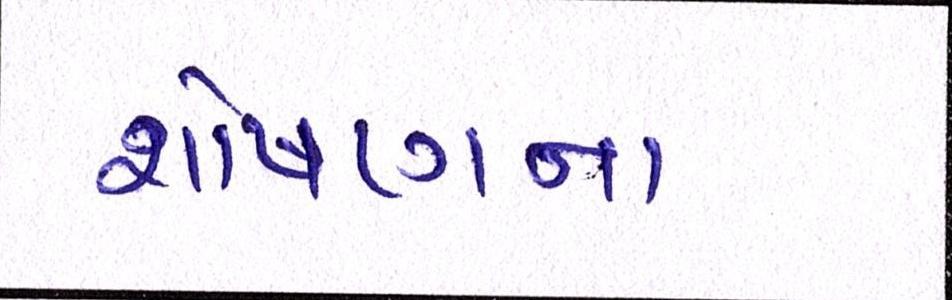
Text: શોષણના